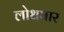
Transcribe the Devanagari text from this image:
लोधघार